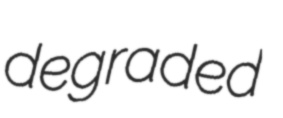
degraded